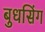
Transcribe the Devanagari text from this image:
बुधसिंग